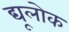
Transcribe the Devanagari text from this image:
द्यूलोक